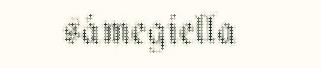
sámegiella